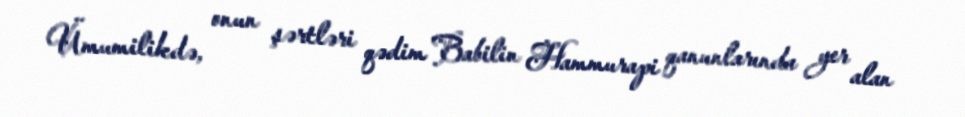
Ümumilikdə, onun şərtləri qədim Babilin Hammurapi qanunlarında yer alan